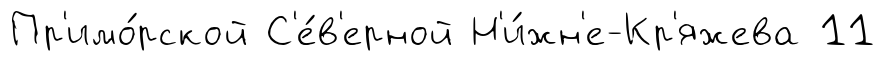
Пр'имо́рской С'е́в'ерной Н'и́жн'е-Кр'яжева 11